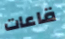
قاعات